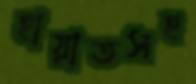
হায়াতসহ